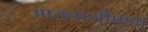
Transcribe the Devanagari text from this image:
आततायीपणा